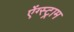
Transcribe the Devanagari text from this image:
ऐंग्स्ट्राम